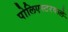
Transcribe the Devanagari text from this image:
पोलिएस्टरवाले